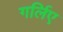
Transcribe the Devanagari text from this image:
गर्लिए